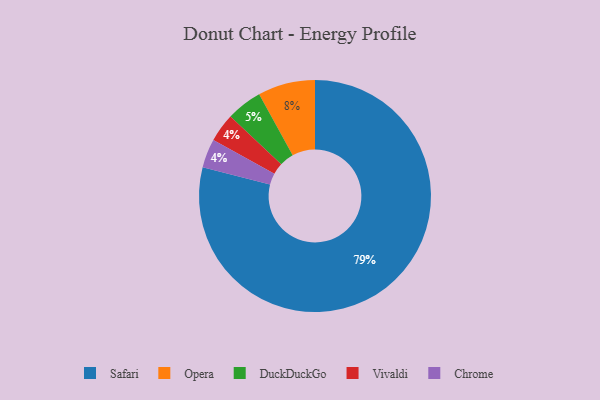
{"axis": {"x": "Category", "y": "Percentage"}, "legend": ["Chrome", "DuckDuckGo", "Opera", "Safari", "Vivaldi"], "data": [{"x": "Opera", "y": 8, "type": "Opera"}, {"x": "Safari", "y": 79, "type": "Safari"}, {"x": "DuckDuckGo", "y": 5, "type": "DuckDuckGo"}, {"x": "Vivaldi", "y": 4, "type": "Vivaldi"}, {"x": "Chrome", "y": 4, "type": "Chrome"}]}